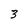
Character: 3